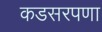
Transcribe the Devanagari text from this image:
कडसरपणा